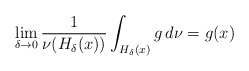
\begin{align*}\lim _{\delta \rightarrow 0} \frac{1}{\nu ( H _\delta (x))}\int _{H _\delta (x)} g \, d \nu = g ( x ) \end{align*}